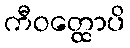
ကီဝတ္ထောပိ